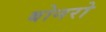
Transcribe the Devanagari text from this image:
बोनरो